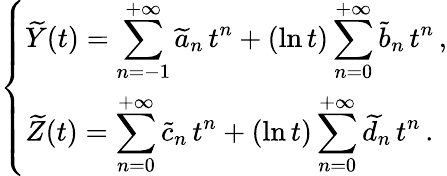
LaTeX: \left\{ \begin{array}{ll}{{\displaystyle\widetilde Y(t)=\sum_{n=-1}^{+\infty}\widetilde a_{n}\, t^{n}+(\ln t)\sum_{n=0}^{+\infty}\widetilde b_{n}\, t^{n}}\, ,}\\ {{\displaystyle\widetilde Z(t)=\sum_{n=0}^{+\infty}\widetilde c_{n}\, t^{n}+(\ln t)\sum_{n=0}^{+\infty}\widetilde d_{n}\, t^{n}}\, .}\end{array}\right.